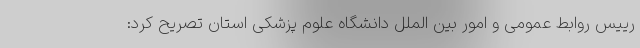
رییس روابط عمومی و امور بین الملل دانشگاه علوم پزشکی استان تصریح کرد: